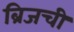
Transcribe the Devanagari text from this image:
ब्रिजची